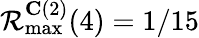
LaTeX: \mathcal{R}_{\operatorname*{max}}^{\mathbf{C}(2)}(4)=1/15